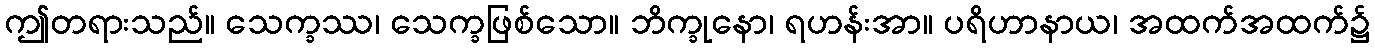
ဤတရားသည်။ သေက္ခဿ၊ သေက္ခဖြစ်သော။ ဘိက္ခုနော၊ ရဟန်းအာ။ ပရိဟာနာယ၊ အထက်အထက်၌